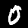
Label: 0